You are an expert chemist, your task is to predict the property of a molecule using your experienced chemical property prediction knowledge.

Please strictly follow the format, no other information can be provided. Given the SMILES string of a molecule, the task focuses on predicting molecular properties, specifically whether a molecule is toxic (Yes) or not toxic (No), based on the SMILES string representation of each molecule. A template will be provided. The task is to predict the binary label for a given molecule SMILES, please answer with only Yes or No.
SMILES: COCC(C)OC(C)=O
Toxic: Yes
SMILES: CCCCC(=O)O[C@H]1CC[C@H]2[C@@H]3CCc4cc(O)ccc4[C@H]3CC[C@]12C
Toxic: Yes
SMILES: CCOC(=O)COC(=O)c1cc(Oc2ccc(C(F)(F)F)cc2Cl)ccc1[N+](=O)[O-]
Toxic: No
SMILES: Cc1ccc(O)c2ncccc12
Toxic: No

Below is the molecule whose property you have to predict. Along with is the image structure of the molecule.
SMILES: CCOc1ccccc1O[C@H](c1ccccc1)[C@H]1CNCCO1
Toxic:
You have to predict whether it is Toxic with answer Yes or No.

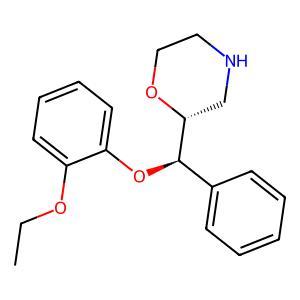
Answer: No